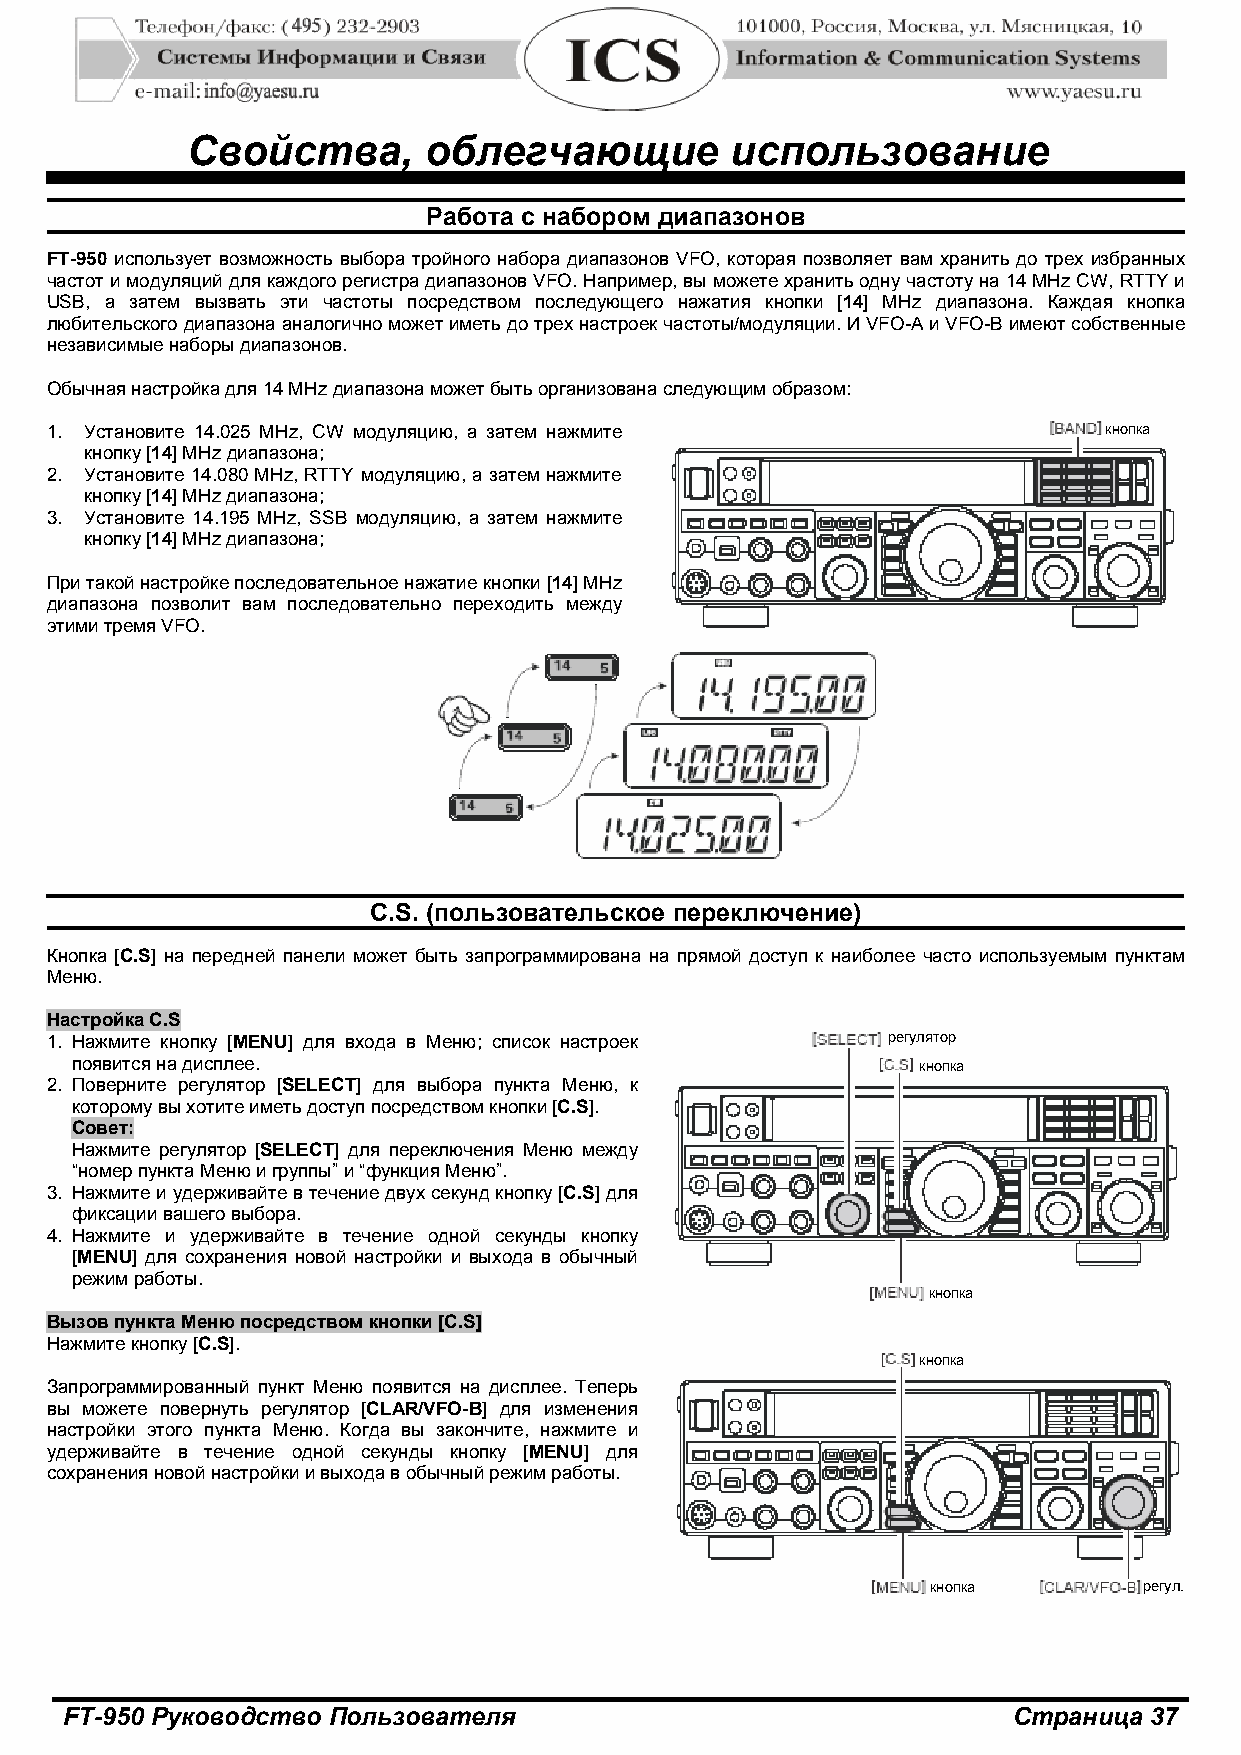
Свойства,       облегчающие         использование
 Работа с набором диапазонов
 FT-950 использует возможность выбора тройного набора диапазонов VFO, которая позволяет вам хранить до трех избранных
 частот и модуляций для каждого регистра диапазонов VFO. Например, вы можете хранить одну частоту на 14 MHz CW, RTTY и
 USB, а затем вызвать эти частоты посредством последующего нажатия кнопки [14] MHz диапазона. Каждая кнопка
 любительского диапазона аналогично может иметь до трех настроек частоты/модуляции. И VFO-A и VFO-B имеют собственные
 независимые наборы диапазонов.
 Обычная настройка для 14 MHz диапазона может быть организована следующим образом:
 1. Установите 14.025 MHz, CW модуляцию, а затем нажмите               кнопка
 кнопку [14] MHz диапазона;
 2. Установите 14.080 MHz, RTTY модуляцию, а затем нажмите
 кнопку [14] MHz диапазона;
 3. Установите 14.195 MHz, SSB модуляцию, а затем нажмите
 кнопку [14] MHz диапазона;
 При такой настройке последовательное нажатие кнопки [14] MHz
 диапазона позволит вам последовательно переходить между
 этими тремя VFO.
 С.S. (пользовательское переключение)
 Кнопка [C.S] на передней панели может быть запрограммирована на прямой доступ к наиболее часто используемым пунктам
 Меню.
 Настройка C.S
 1. Нажмите кнопку [MENU] для входа в Меню; список настроек регулятор
 появится на дисплее.                                    кнопка
 2. Поверните регулятор [SELECT] для выбора пункта Меню, к
 которому вы хотите иметь доступ посредством кнопки [C.S].
 Совет:
 Нажмите регулятор [SELECT] для переключения Меню между
 “номер пункта Меню и группы” и “функция Меню”.
 3. Нажмите и удерживайте в течение двух секунд кнопку [C.S] для
 фиксации вашего выбора.
 4. Нажмите и удерживайте в течение одной секунды кнопку
 [MENU] для сохранения новой настройки и выхода в обычный
 режим работы.
 кнопка
 Вызов пункта Меню посредством кнопки [C.S]
 Нажмите кнопку [C.S].
 кнопка
 Запрограммированный пункт Меню появится на дисплее. Теперь
 вы можете повернуть регулятор [CLAR/VFO-B] для изменения
 настройки этого пункта Меню. Когда вы закончите, нажмите и
 удерживайте в течение одной секунды кнопку [MENU] для
 сохранения новой настройки и выхода в обычный режим работы.
 кнопка        регул.
 FT-950 Руководство Пользователя                                Страница 37